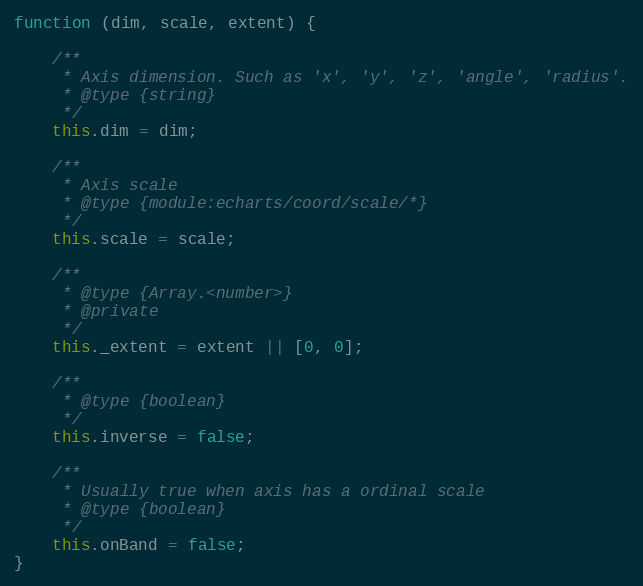
Language: JavaScript
function (dim, scale, extent) {

    /**
     * Axis dimension. Such as 'x', 'y', 'z', 'angle', 'radius'.
     * @type {string}
     */
    this.dim = dim;

    /**
     * Axis scale
     * @type {module:echarts/coord/scale/*}
     */
    this.scale = scale;

    /**
     * @type {Array.<number>}
     * @private
     */
    this._extent = extent || [0, 0];

    /**
     * @type {boolean}
     */
    this.inverse = false;

    /**
     * Usually true when axis has a ordinal scale
     * @type {boolean}
     */
    this.onBand = false;
}